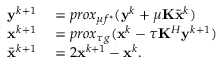
\begin{array} { r l } { \mathbf { y } ^ { k + 1 } } & { { } = p r o x _ { \mu f ^ { * } } ( \mathbf { y } ^ { k } + \mu \mathbf { K } \bar { \mathbf { x } } ^ { k } ) } \\ { \mathbf { x } ^ { k + 1 } } & { { } = p r o x _ { \tau g } ( \mathbf { x } ^ { k } - \tau \mathbf { K } ^ { H } \mathbf { y } ^ { k + 1 } ) } \\ { \bar { \mathbf { x } } ^ { k + 1 } } & { { } = 2 \mathbf { x } ^ { k + 1 } - \mathbf { x } ^ { k } . } \end{array}